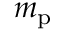
m _ { \mathrm { p } }